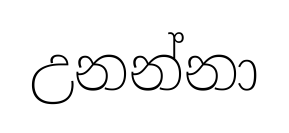
උනන්නා